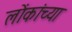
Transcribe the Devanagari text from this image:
लोंकांच्या